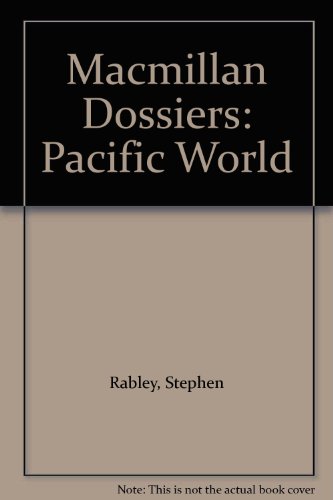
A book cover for Macmillan Dossiers: Pacific World; Stephen Rabley; Travel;